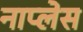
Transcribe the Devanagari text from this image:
नाप्लेस